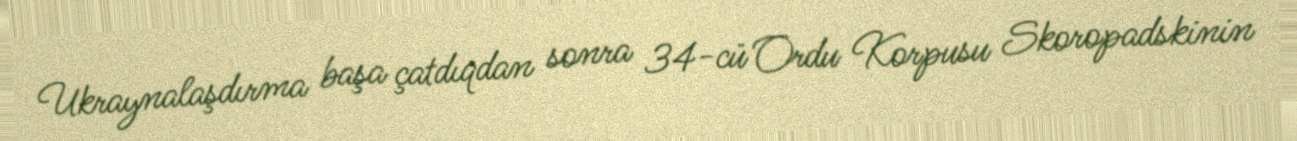
Ukraynalaşdırma başa çatdıqdan sonra 34-cü Ordu Korpusu Skoropadskinin